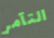
التآمر